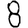
Digit: 8